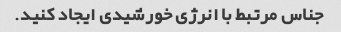
جناس مرتبط با انرژی خورشیدی ایجاد کنید.